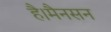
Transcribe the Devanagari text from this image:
है।मैनसन